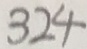
3 2 4